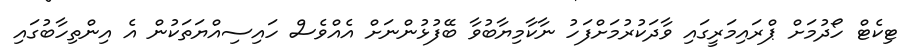
ޓިކެޓް ހޯދުމަށް ޕްރައިމަރީގައި ވާދަކުރުމަށްފަހު ނާކާމިޔާބުވާ ބޭފުޅުންނަށް އެއްވެސް ހައިިސިއްޔަތަކުން އެ އިންތިހާބުގައި